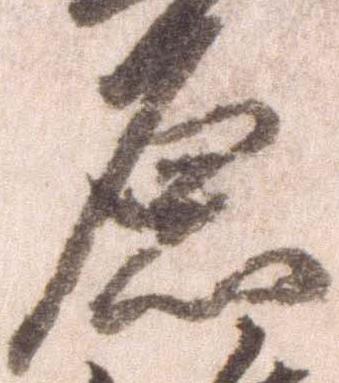
原